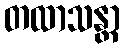
တထာသန္တာ